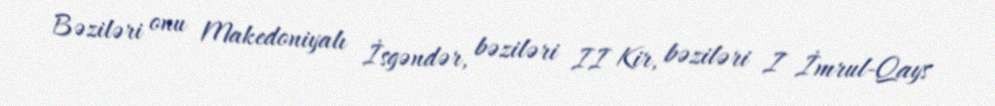
Bəziləri onu Makedoniyalı İsgəndər, bəziləri II Kir, bəziləri I İmrul-Qays